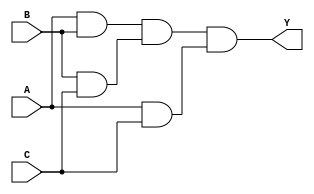
module three_input_and_gate (
    input A,
    input B,
    input C,
    output Y
);

wire w1, w2, w3;

and gate1 (w1, A, B);
and gate2 (w2, B, C);
and gate3 (w3, A, C);

and gate4 (Y, w1, w2, w3);

endmodule